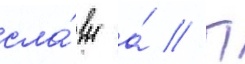
сла́вы а́ // П